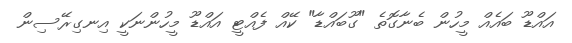
އައްޑޫ ބައެއް މީހުން ބެނާގޮތެ "ގޫބައްޑާ" ކޭއް ފެއްޓީ އައްޑޫ މީހުންނަކީ އިނގިރޭސިން